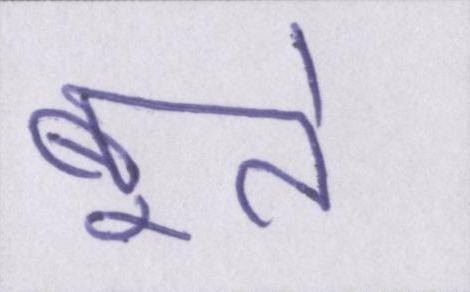
बूते